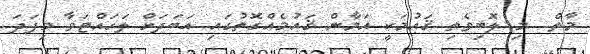
މާތް  މި ލޮބިވެތި ޤައުމަކީ އަމާން ޤައުމެއްގޮތުގައި އަބަދަށް ލަހައްޓަވާ މިފަދަ